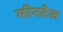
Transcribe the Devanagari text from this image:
मॉनटेल